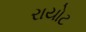
રાયોટ